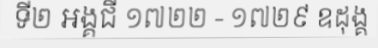
ទី២ អង្គជី ១៧២២ - ១៧២៩ ឧដុង្គ